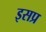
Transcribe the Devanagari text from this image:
इसप्र